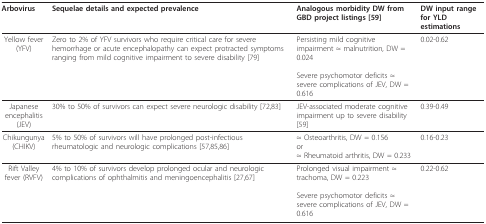
| Arbovirus | Sequelae details and expected prevalence | Analogous morbidity DW from GBD project listings [59] | DW input range for YLD estimations |
 | --- | --- | --- | --- |
 | Yellow fever (YFV) | Zero to 2% of YFV survivors who require critical care for severe hemorrhage or acute encephalopathy can expect protracted symptoms ranging from mild cognitive impairment to severe disability [79] | Persisting mild cognitive impairment ≈ malnutrition, DW = 0.024Severe psychomotor deficits ≈severe complications of JEV, DW = 0.616 | 0.02-0.62 |
 | Japanese encephalitis (JEV) | 30% to 50% of survivors can expect severe neurologic disability [72,83] | JEV-associated moderate cognitive impairment up to severe disability [59] | 0.39-0.49 |
 | Chikungunya (CHIKV) | 5% to 50% of survivors will have prolonged post-infectious rheumatologic and neurologic complications [57,85,86] | ≈ Osteoarthritis, DW = 0.156or≈ Rheumatoid arthritis, DW = 0.233 | 0.16-0.23 |
 | Rift Valley fever (RVFV) | 4% to 10% of survivors develop prolonged ocular and neurologic complications of ophthalmitis and meningoencephalitis [27,67] | Prolonged visual impairment ≈trachoma, DW = 0.223Severe psychomotor deficits ≈severe complications of JEV, DW = 0.616 | 0.22-0.62 |